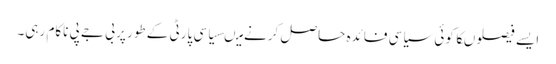
ایسے فیصلوںکا کوئی سیاسی فائدہ حاصل کرنے میںسیاسی پارٹی کے طور پر بی جے پی ناکام رہی۔